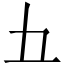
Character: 𫝀